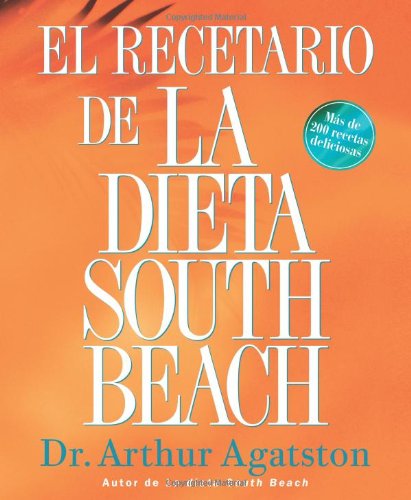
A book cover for El Recetario de La Dieta South Beach: More than 200 Delicious Recipes That Fit the Nation's Top Diet (The South Beach Diet) (Spanish Edition); Arthur Agatston; Health, Fitness & Dieting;